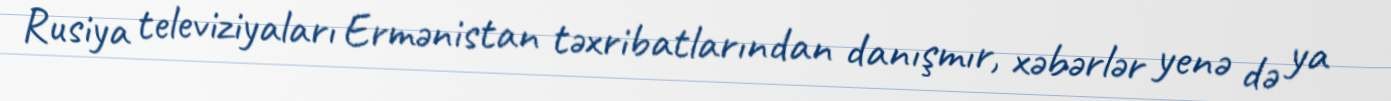
Rusiya televiziyaları Ermənistan təxribatlarından danışmır, xəbərlər yenə də ya